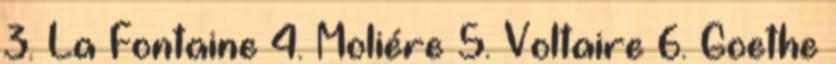
3. La Fontaine 4. Moliére 5. Voltaire 6. Goethe